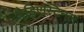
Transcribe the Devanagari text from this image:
मेडिएस्टिनल